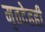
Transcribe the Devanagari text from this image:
मृतदेहही